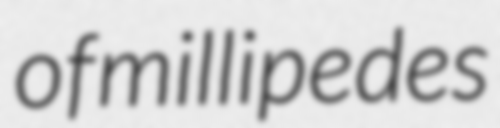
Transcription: of millipedes